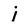
Character: i